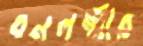
বনলক্ষ্মীর